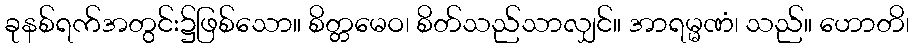
ခုနစ်ရက်အတွင်း၌ဖြစ်သော။ စိတ္တမေဝ၊ စိတ်သည်သာလျှင်။ အာရမ္မဏံ၊ သည်။ ဟောတိ၊